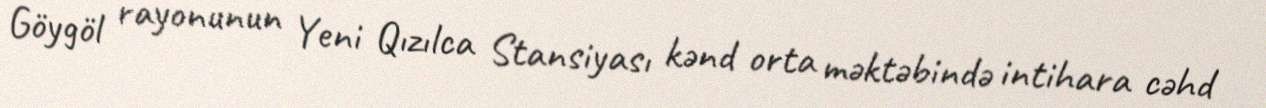
Göygöl rayonunun Yeni Qızılca Stansiyası kənd orta məktəbində intihara cəhd